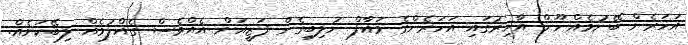
އަހަރެން ބޭނުމެއްނޫން އާޚިރުގައި އަހަރެންގެ މައާފް ނުލިބިގެން ފަޒީއަށް އެއްވެސް ގެއްލުމެއް ލިބޭކަށެއް.